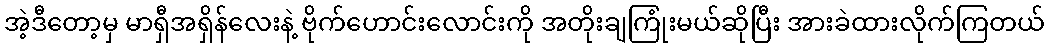
အဲ့ဒီတော့မှ မာရှီအရှိန်လေးနဲ့ ဗိုက်ဟောင်းလောင်းကို အတိုးချကြုံးမယ်ဆိုပြီး အားခဲထားလိုက်ကြတယ်